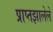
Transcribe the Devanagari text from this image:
प्राप्तझालेले